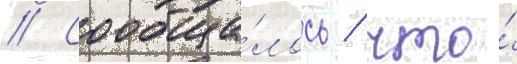
// Сообща́лось / что́